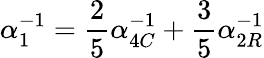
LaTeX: \alpha_{1}^{-1}=\frac{2}{5}\alpha_{4C}^{-1}+\frac{3}{5}\alpha_{2R}^{-1}